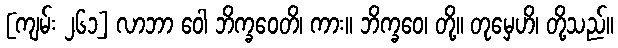
[ကျမ်း ၂၆၁] လာဘာ ဝေါ ဘိက္ခဝေတိ၊ ကား။ ဘိက္ခဝေ၊ တို့။ တုမှေဟိ၊ တို့သည်။